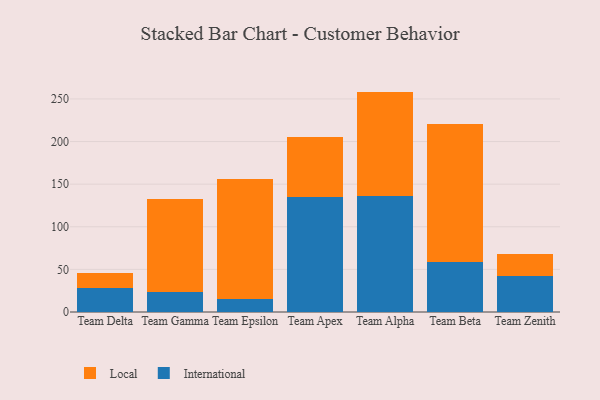
{"axis": {"x": "Team", "y": "Website Visitors"}, "legend": ["International", "Local"], "data": [{"x": "Team Delta", "y": 27.9, "type": "International"}, {"x": "Team Delta", "y": 17.5, "type": "Local"}, {"x": "Team Gamma", "y": 23.6, "type": "International"}, {"x": "Team Gamma", "y": 109.2, "type": "Local"}, {"x": "Team Epsilon", "y": 15.4, "type": "International"}, {"x": "Team Epsilon", "y": 141.1, "type": "Local"}, {"x": "Team Apex", "y": 134.8, "type": "International"}, {"x": "Team Apex", "y": 70.7, "type": "Local"}, {"x": "Team Alpha", "y": 136.3, "type": "International"}, {"x": "Team Alpha", "y": 122.3, "type": "Local"}, {"x": "Team Beta", "y": 58.2, "type": "International"}, {"x": "Team Beta", "y": 162.5, "type": "Local"}, {"x": "Team Zenith", "y": 42.5, "type": "International"}, {"x": "Team Zenith", "y": 25.7, "type": "Local"}]}